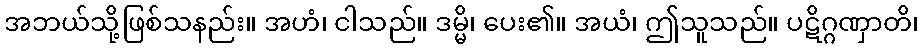
အဘယ်သို့ဖြစ်သနည်း။ အဟံ၊ ငါသည်။ ဒမ္မိ၊ ပေး၏။ အယံ၊ ဤသူသည်။ ပဋိဂ္ဂဏှာတိ၊